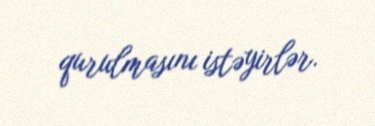
qurulmasını istəyirlər.